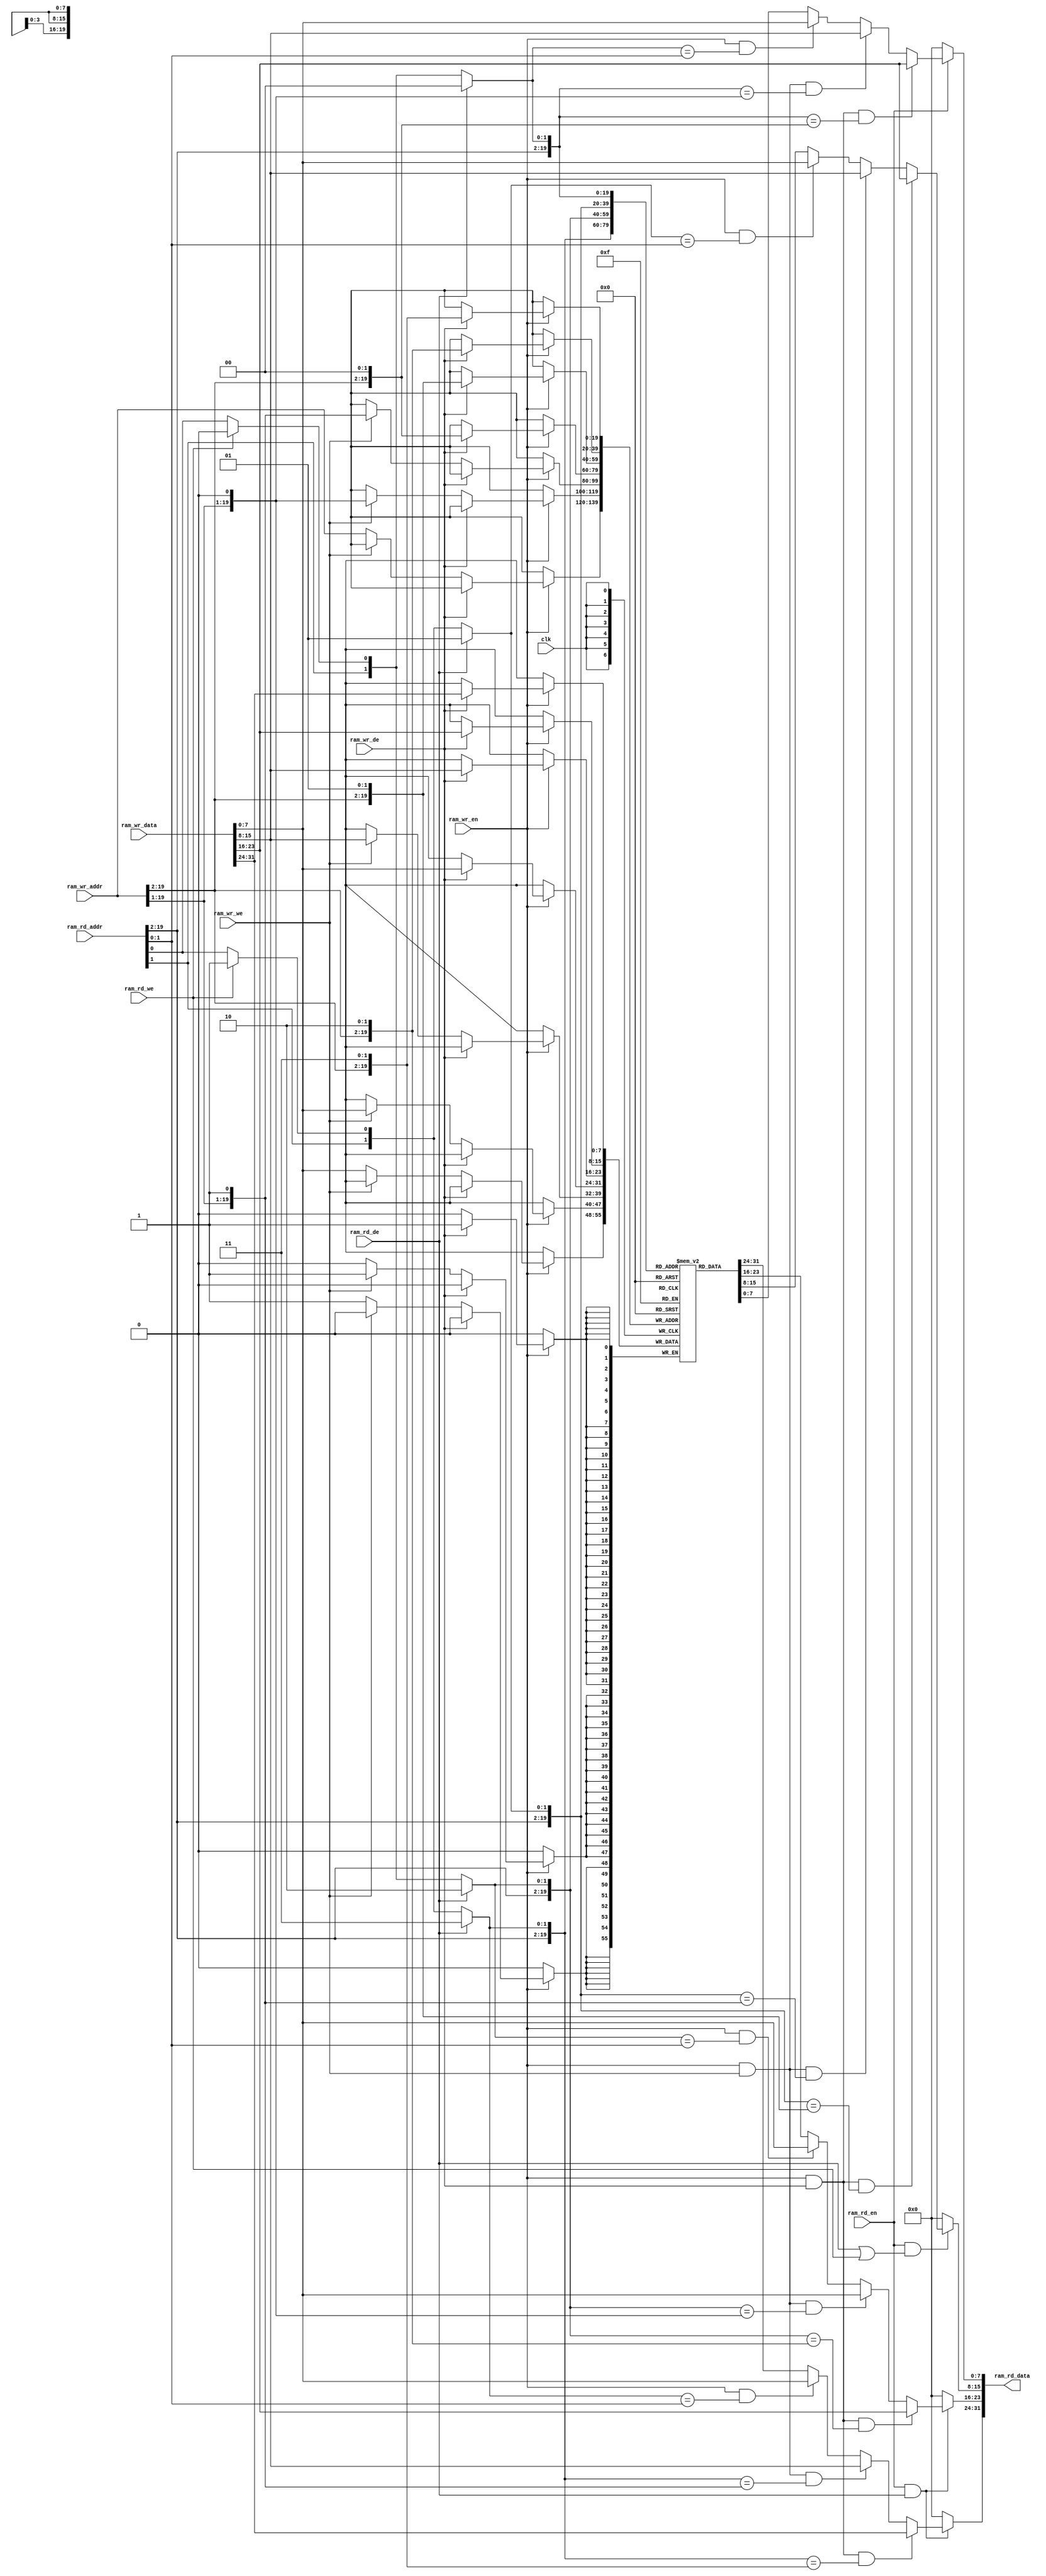
module ram (
    input           clk,

    input           ram_rd_en,
    input           ram_rd_we,
    input           ram_rd_de,
    input   [19:0]  ram_rd_addr,
    output  [31:0]  ram_rd_data,

    input           ram_wr_en,
    input           ram_wr_we,
    input           ram_wr_de,
    input   [19:0]  ram_wr_addr,
    input   [31:0]  ram_wr_data
);

    reg [7:0] ram_array [786431:0];

    wire [19:0] wr_wa1 = {ram_wr_addr[19:1], 1'b1};
    wire [19:0] wr_wa0 = {ram_wr_addr[19:1], 1'b0};
    
    wire [19:0] wr_da3 = {ram_wr_addr[19:2], 2'b11};
    wire [19:0] wr_da2 = {ram_wr_addr[19:2], 2'b10};
    wire [19:0] wr_da1 = {ram_wr_addr[19:2], 2'b01};
    wire [19:0] wr_da0 = {ram_wr_addr[19:2], 2'b00};

    always @(posedge clk) begin
        if (ram_wr_en) begin
            if (ram_wr_de) begin
                ram_array[wr_da3] <= ram_wr_data[31:24];
                ram_array[wr_da2] <= ram_wr_data[23:16];
                ram_array[wr_da1] <= ram_wr_data[15: 8];
                ram_array[wr_da0] <= ram_wr_data[ 7: 0];
            end
            else if (ram_wr_we) begin
                ram_array[wr_wa1] <= ram_wr_data[15: 8];
                ram_array[wr_wa0] <= ram_wr_data[ 7: 0];
            end
            else begin
                ram_array[ram_wr_addr] <= ram_wr_data[7:0];
            end
        end
    end

    wire [19:0] rd_a3 = ram_rd_de ? {ram_rd_addr[19:2], 2'b11} : ram_rd_we ? {ram_rd_addr[19:1], 1'b1} : ram_rd_addr;
    wire [19:0] rd_a2 = ram_rd_de ? {ram_rd_addr[19:2], 2'b10} : ram_rd_we ? {ram_rd_addr[19:1], 1'b0} : ram_rd_addr;
    wire [19:0] rd_a1 = ram_rd_de ? {ram_rd_addr[19:2], 2'b01} : ram_rd_we ? {ram_rd_addr[19:1], 1'b1} : ram_rd_addr;
    wire [19:0] rd_a0 = ram_rd_de ? {ram_rd_addr[19:2], 2'b00} : ram_rd_we ? {ram_rd_addr[19:1], 1'b0} : ram_rd_addr;

    assign ram_rd_data = {
        ram_rd_en && ram_rd_de ?
        ram_wr_en && ram_wr_de && (rd_a3 == wr_da3     ) ? ram_wr_data[31:24] :
        ram_wr_en && ram_wr_we && (rd_a3 == wr_wa1     ) ? ram_wr_data[15: 8] :
        ram_wr_en &&              (rd_a3 == ram_rd_addr) ? ram_wr_data[ 7: 0] :
        ram_array[rd_a3] : 8'b0,
        ram_rd_en && ram_rd_de ?
        ram_wr_en && ram_wr_de && (rd_a2 == wr_da2     ) ? ram_wr_data[23:16] :
        ram_wr_en && ram_wr_we && (rd_a2 == wr_wa0     ) ? ram_wr_data[ 7: 0] :
        ram_wr_en &&              (rd_a2 == ram_rd_addr) ? ram_wr_data[ 7: 0] :
        ram_array[rd_a2] : 8'b0,
        ram_rd_en && (ram_rd_de || ram_rd_we) ?
        ram_wr_en && ram_wr_de && (rd_a1 == wr_da1     ) ? ram_wr_data[23:16] :
        ram_wr_en && ram_wr_we && (rd_a1 == wr_wa1     ) ? ram_wr_data[15: 8] :
        ram_wr_en &&              (rd_a1 == ram_rd_addr) ? ram_wr_data[ 7: 0] :
        ram_array[rd_a1] : 8'b0,
        ram_rd_en ?
        ram_wr_en && ram_wr_de && (rd_a0 == wr_da0     ) ? ram_wr_data[23:16] :
        ram_wr_en && ram_wr_we && (rd_a0 == wr_wa0     ) ? ram_wr_data[15: 8] :
        ram_wr_en &&              (rd_a0 == ram_rd_addr) ? ram_wr_data[ 7: 0] :
        ram_array[rd_a0] : 8'b0
    };

endmodule